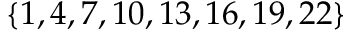
\{ 1 , 4 , 7 , 1 0 , 1 3 , 1 6 , 1 9 , 2 2 \}